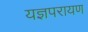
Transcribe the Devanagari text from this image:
यज्ञपरायण